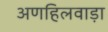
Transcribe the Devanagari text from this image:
अणहिलवाड़ा